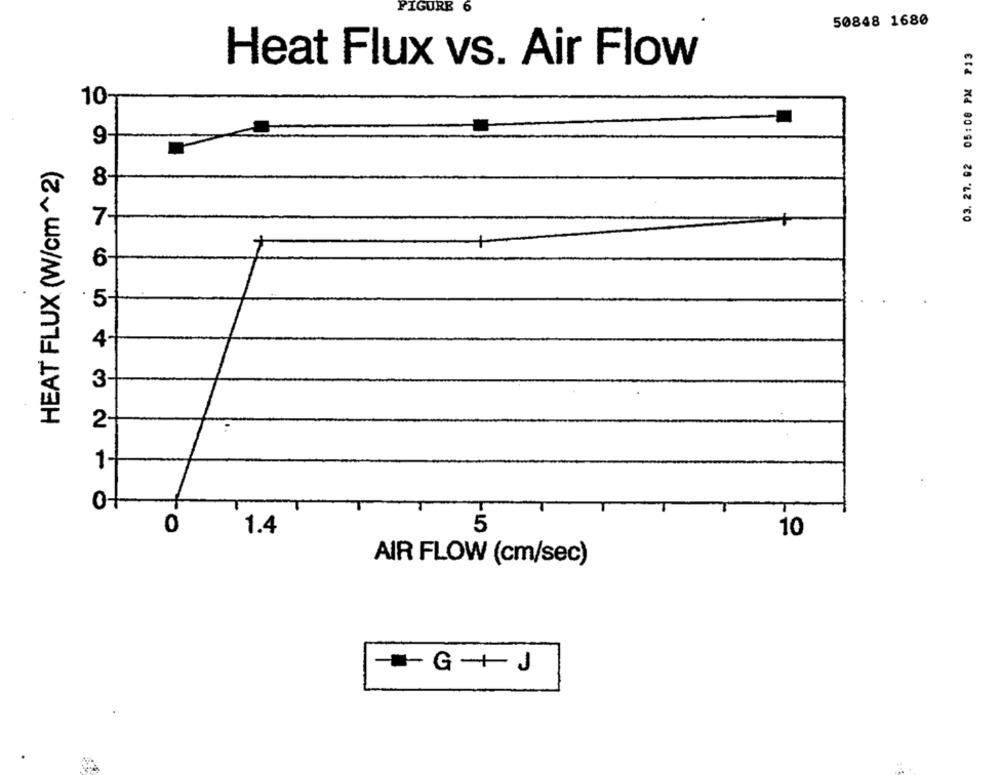
FIGURE
50848 1680
03. 27. 92 05:08 PM P13
Heat Flux vs. Air Flow
10-
9
HEAT FLUX (W/cm ^2)
8
7-
6
· 5-
4
3
2
0
5
1.4
10
AIR FLOW (cm/sec)
-= G+J